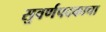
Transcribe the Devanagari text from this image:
सुवर्णपदकाचा